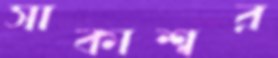
সাকাশ্বর